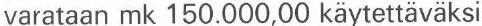
varataan mk 150.000,00 käytettäväksi